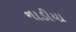
નાડીયા